Report of the Indian Hemp Drugs Commission, 1894-1895 - Volume V
Year: 1894
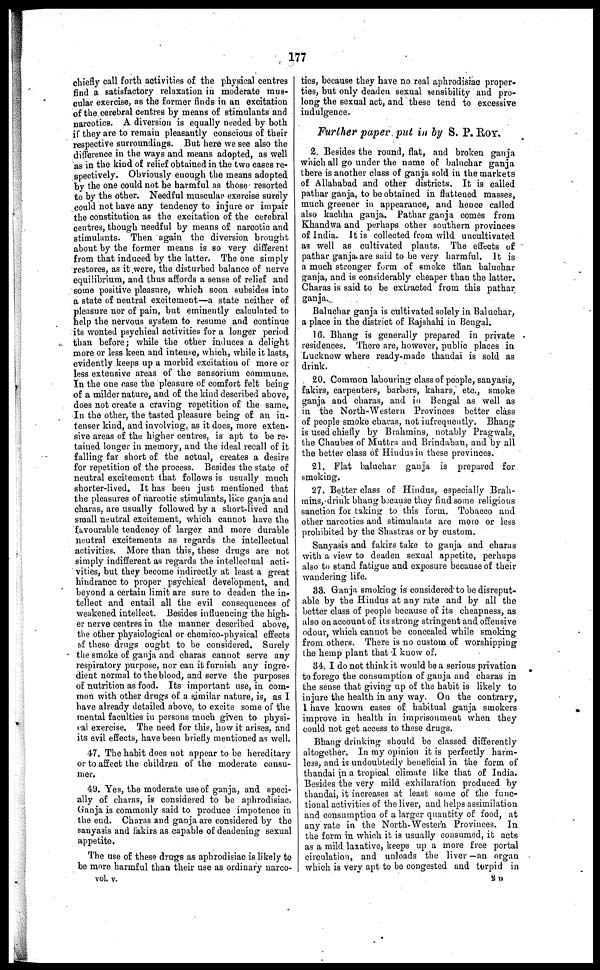
177
chiefly call forth activities of the physical centres
find a satisfactory relaxation in moderate mus-
cular exercise, as the former finds in an excitation
of the cerebral centres by means of stimulants and
narcotics. A diversion is equally needed by both
if they are to remain pleasantly conscious of their
respective surroundings. But here we see also the
difference in the ways and means adopted, as well
as in the kind of relief obtained in the two cases re-
spectively. Obviously enough the means adopted
by the one could not be harmful as those resorted
to by the other. Needful muscular exercise surely
could not have any tendency to injure or impair
the constitution as the excitation of the cerebral
centres, though needful by means of narcotic and
stimulants. Then again the diversion brought
about by the former means is so very different
from that induced by the latter. The one simply
restores, as it were, the disturbed balance of nerve
equilibrium, and thus affords a sense of relief and
some positive pleasure, which soon subsides into
a state of neutral excitement—a state neither of
pleasure nor of pain, but eminently calculated to
help the nervous system to resume and continue
its wonted psychical activities for a longer period
than before; while the other induces a delight
more or less keen and intense, which, while it lasts,
evidently keeps up a morbid excitation of more or
less extensive areas of the sensorium commune.
In the one case the pleasure of comfort felt being
of a milder nature, and of the kind described above,
does not create a craving repetition of the same.
In the other, the tasted pleasure being of an in-
tenser kind, and involving, as it does, more exten-
sive areas of the higher centres, is apt to be re-
tained longer in memory, and the ideal recall of it
falling far short of the actual, creates a desire
for repetition of the process. Besides the state of
neutral excitement that follows is usually much
shorter-lived. It has been just mentioned that
the pleasures of narcotic stimulants, like ganja and
charas, are usually followed by a short-lived and
small neutral excitement, which cannot have the
favourable tendency of larger and more durable
neutral excitements as regards the intellectual
activities. More than this, these drugs are not
simply indifferent as regards the intellectual acti-
vities, but they become indirectly at least a great
hindrance to proper psychical development, and
beyond a certain limit are sure to deaden the in-
tellect and entail all the evil consequences of
weakened intellect. Besides influencing the high-
er nerve centres in the manner described above,
the other physiological or chemico-physical effects
of these drugs ought to be considered. Surely
the smoke of ganja and charas cannot serve any
respiratory purpose, nor can it furnish any ingre-
dient normal to the blood, and serve the purposes
of nutrition as food. Its important use, in com-
mon with other drugs of a similar nature, is, as I
have already detailed above, to excite some of the
mental faculties in persons much given to physi-
cal exercise. The need for this, how it arises, and
its evil effects, have been briefly mentioned as well.
47. The habit does not appear to be hereditary
or to affect the children of the moderate consu-
mer.
49. Yes, the moderate use of ganja, and speci-
ally of charas, is considered to be aphrodisiac.
Ganja is commonly said to produce impotence in
the end. Charas and ganja are considered by the
sauyasis and fakirs as capable of deadening sexual
appetite.
The use of these drugs as aphrodisiac is likely to
be more harmful than their use as ordinary narco-
tics, because they have no real aphrodisiac proper-
ties, but only deaden sexual sensibility and pro-
long the sexual act, and these tend to excessive
indulgence.
Further paper put in by S. P. ROY.
2. Besides the round, flat, and broken ganja
which all go under the name of baluchar ganja
there is another class of ganja sold in the markets
of Allahabad and other districts. It is called
pathar ganja, to be obtained in flattened masses,
much greener in appearance, and hence called
also kachha ganja. Pathar ganja comes from
Khandwa and perhaps other southern provinces
of India. It is collected from wild uncultivated
as well as cultivated plants. The effects of
pathar ganja are said to be very harmful. It is
a much stronger form of smoke than baluchar
ganja, and is considerably cheaper than the latter.
Charas is said to be extracted from this pathar
ganja.
Baluchar ganja is cultivated solely in Baluchar,
a place in the district of Rajshahi in Bengal.
16. Bhang is generally prepared in private
residences. There are, however, public places in
Lucknow where ready-made thandai is sold as
drink.
20. Common labouring class of people, sanyasis,
fakirs, carpenters, barbers, kahars, etc., smoke
ganja and charas, and in Bengal as well as
in the North-Western Provinces better class
of people smoke charas, not infrequently. Bhang
is used chiefly by Brahmins, notably Pragwals,
the Chaubes of Muttra and Brindaban, and by all
the better class of Hindus in these provinces.
21. Flat baluchar ganja is prepared for
smoking.
27. Better class of Hindus, especially Brah-
mins, drink bhang because they find some religious
sanction for taking to this form. Tobacco and
other narcotics and stimulants are more or less
prohibited by the Shastras or by custom.
Sanyasis and fakirs take to ganja and charas
with a view to deaden sexual appetite, perhaps
also to stand fatigue and exposure because of their
wandering life.
33. Ganja smoking is considered to be disreput-
able by the Hindus at any rate and by all the
better class of people because of its cheapness, as
also on account of its strong stringent and offensive
odour, which cannot be concealed while smoking
from others. There is no custom of worshipping
the hemp plant that I know of.
34. I do not think it would be a serious privation
to forego the consumption of ganja and charas in
the sense that giving up of the habit is likely to
injure the health in any way. On the contrary,
I have known cases of habitual ganja smokers
improve in health in imprisonment when they
could not get access to these drugs.
Bhang drinking should be classed differently
altogether. In my opinion it is perfectly harm-
less, and is undoubtedly beneficial in the form of
thandai in a tropical climate like that of India.
Besides the very mild exhilaration produced by
thandai, it increases at least some of the func-
tional activities of the liver, and helps assimilation
and consumption of a larger quantity of food, at
any rate in the North-Western Provinces. In
the form in which it is usually consumed, it acts
as a mild laxative, keeps up a more free portal
circulation, and unloads the liver — an organ
which is very apt to be congested and torpid in
vol. v.
2 D